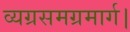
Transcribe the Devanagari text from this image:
व्यग्रसमग्रमार्ग।